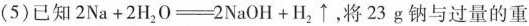
(5)已知$$2Na+2H_{2}O=-2NaOH+H_{2}\uparrow $$，将23g钠与过量的重